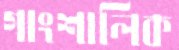
গাংশালিক